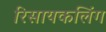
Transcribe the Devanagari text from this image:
रिसायकलिंग